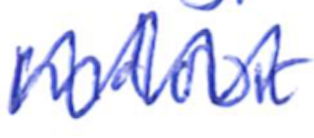
Text: Indoor
Cross-out: mix
Writing tool: ballpoint